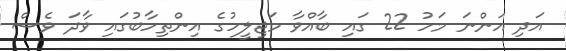
އަދި އަންނަ މަހު 22 ގައި ބާއްވާ މަޖިލީހުގެ އިންތިހާބުގައި ވާދަ ވެސް